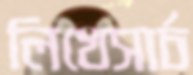
লিখেসার্চ